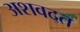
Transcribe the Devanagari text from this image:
अशवदत